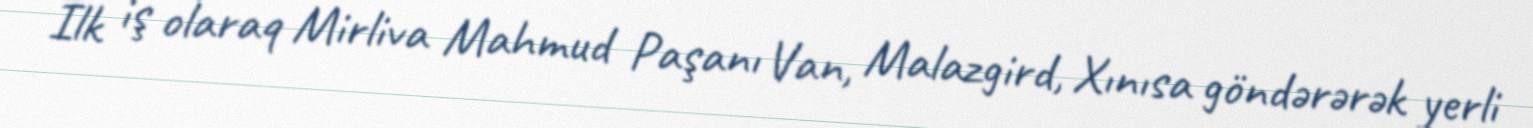
İlk iş olaraq Mirliva Mahmud Paşanı Van, Malazgird, Xınısa göndərərək yerli